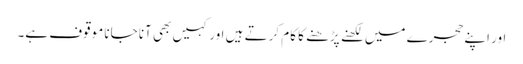
اور اپنے حجرے میں لکھنے پڑھنے کا کام کرتے ہیں اور کہیں بھی آنا جانا موقوف ہے۔